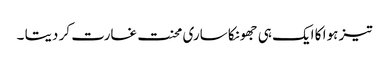
تیز ہوا کا ایک ہی جھونکا ساری محنت غارت کر دیتا ۔